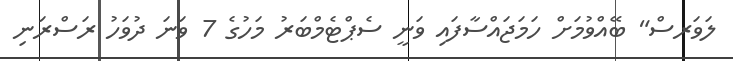
ލަވަރސް" ބޭއްވުމަށް ހަމަޖައްސާފައި ވަނީ ސެޕްޓެމްބަރު މަހުގެ 7 ވަނަ ދުވަހު ރަސްރަނި